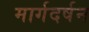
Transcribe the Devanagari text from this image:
मार्गदर्षन